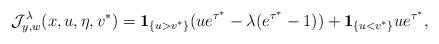
LaTeX: \begin{align*}{\cal J}_{y,w}^{\lambda}(x,u,\eta ,v^{*})={\bf 1}_{\{u>v^{*}\}}(ue^{\tau^{*}}-\lambda (e^{\tau^{*}}-1))+{\bf 1}_{\{u<v^{*}\}}ue^{\tau^{*}},\end{align*}